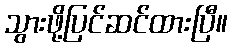
သွားဖို့ပြင်ဆင်ထားပြီ။